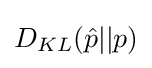
D_{KL}({\hat {p}}\vert \vert p)